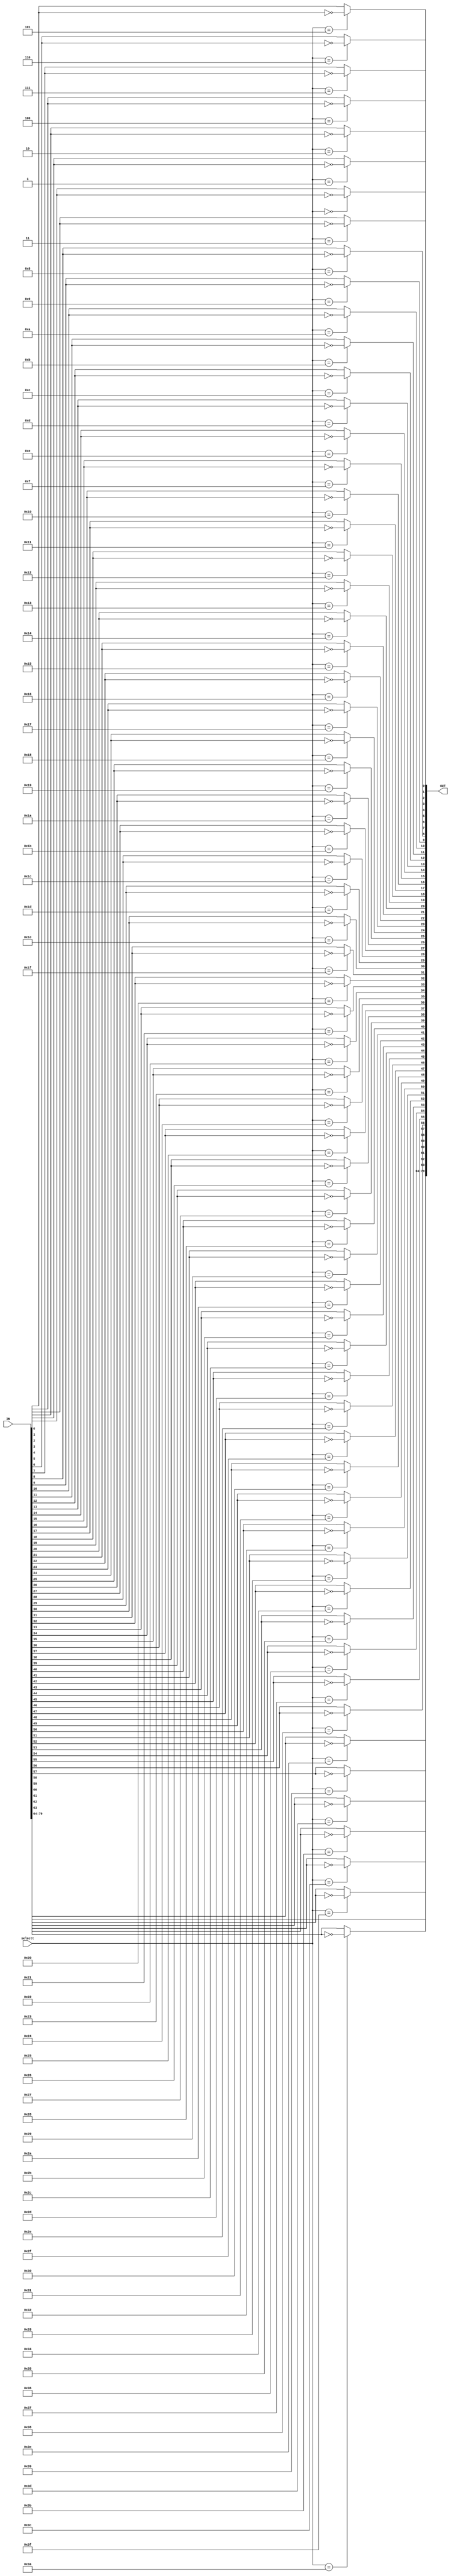
`timescale 1ns / 100ps


module error_gen(
    input [79:0] IN,
    output [79:0] OUT,
    input [63:0] selectt
    );
    
reg [79:0] IN_2;



always@(*) begin
    IN_2 = IN;
    case(selectt)
        64'd0  : IN_2[0] = ~IN[0] ;
        64'd1  : IN_2[1] = ~IN[1] ;
        64'd2  : IN_2[2] = ~IN[2] ;
        64'd3  : IN_2[3] = ~IN[3] ;
        64'd4  : IN_2[4] = ~IN[4] ;
        64'd5  : IN_2[5] = ~IN[5] ;
        64'd6  : IN_2[6] = ~IN[6] ;
        64'd7  : IN_2[7] = ~IN[7] ;
        64'd8  : IN_2[8] = ~IN[8] ;
        64'd9  : IN_2[9] = ~IN[9] ;
        64'd10  : IN_2[10] = ~IN[10] ;
        64'd11  : IN_2[11] = ~IN[11] ;
        64'd12  : IN_2[12] = ~IN[12] ;
        64'd13  : IN_2[13] = ~IN[13] ;
        64'd14  : IN_2[14] = ~IN[14] ;
        64'd15  : IN_2[15] = ~IN[15] ;
        64'd16  : IN_2[16] = ~IN[16] ;
        64'd17  : IN_2[17] = ~IN[17] ;
        64'd18  : IN_2[18] = ~IN[18] ;
        64'd19  : IN_2[19] = ~IN[19] ;
        64'd20  : IN_2[20] = ~IN[20] ;
        64'd21  : IN_2[21] = ~IN[21] ;
        64'd22  : IN_2[22] = ~IN[22] ;
        64'd23  : IN_2[23] = ~IN[23] ;
        64'd24  : IN_2[24] = ~IN[24] ;
        64'd25  : IN_2[25] = ~IN[25] ;
        64'd26  : IN_2[26] = ~IN[26] ;
        64'd27  : IN_2[27] = ~IN[27] ;
        64'd28  : IN_2[28] = ~IN[28] ;
        64'd29  : IN_2[29] = ~IN[29] ;
        64'd30  : IN_2[30] = ~IN[30] ;
        64'd31  : IN_2[31] = ~IN[31] ;
        64'd32  : IN_2[32] = ~IN[32] ;
        64'd33  : IN_2[33] = ~IN[33] ;
        64'd34  : IN_2[34] = ~IN[34] ;
        64'd35  : IN_2[35] = ~IN[35] ;
        64'd36  : IN_2[36] = ~IN[36] ;
        64'd37  : IN_2[37] = ~IN[37] ;
        64'd38  : IN_2[38] = ~IN[38] ;
        64'd39  : IN_2[39] = ~IN[39] ;
        64'd40  : IN_2[40] = ~IN[40] ;
        64'd41  : IN_2[41] = ~IN[41] ;
        64'd42  : IN_2[42] = ~IN[42] ;
        64'd43  : IN_2[43] = ~IN[43] ;
        64'd44  : IN_2[44] = ~IN[44] ;
        64'd45  : IN_2[45] = ~IN[45] ;
        64'd46  : IN_2[46] = ~IN[46] ;
        64'd47  : IN_2[47] = ~IN[47] ;
        64'd48  : IN_2[48] = ~IN[48] ;
        64'd49  : IN_2[49] = ~IN[49] ;
        64'd50  : IN_2[50] = ~IN[50] ;
        64'd51  : IN_2[51] = ~IN[51] ;
        64'd52  : IN_2[52] = ~IN[52] ;
        64'd53  : IN_2[53] = ~IN[53] ;
        64'd54  : IN_2[54] = ~IN[54] ;
        64'd55  : IN_2[55] = ~IN[55] ;
        64'd56  : IN_2[56] = ~IN[56] ;
        64'd57  : IN_2[57] = ~IN[57] ;
        64'd58  : IN_2[58] = ~IN[58] ;
        64'd59  : IN_2[59] = ~IN[59] ;
        64'd60  : IN_2[60] = ~IN[60] ;
        64'd61  : IN_2[61] = ~IN[61] ;
        64'd62  : IN_2[62] = ~IN[62] ;
        64'd63  : IN_2[63] = ~IN[63] ;
        
        default: IN_2 = IN ;
    endcase
end

assign OUT = IN_2;

endmodule